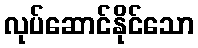
လုပ်ဆောင်နိုင်သော